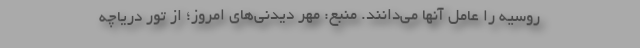
روسیه را عامل آنها می‌دانند. منبع: مهر دیدنی‌های امروز؛ از تور دریاچه